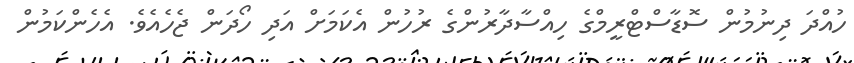
ހުއްދަ ދިނުމުން ސޮޑާސްޓްރީމްގެ ހިއްސާދާރުންގެ ރުހުން އެކަމަށް އަދި ހޯދަން ޖެހެއެވެ. އެހެންކަމުން